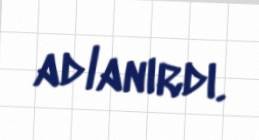
adlanırdı.